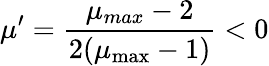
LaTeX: \mu^{\prime}=\frac{\mu_{max}-2}{2(\mu_{\operatorname*{max}}-1)}<0